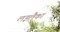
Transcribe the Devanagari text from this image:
लइलैका